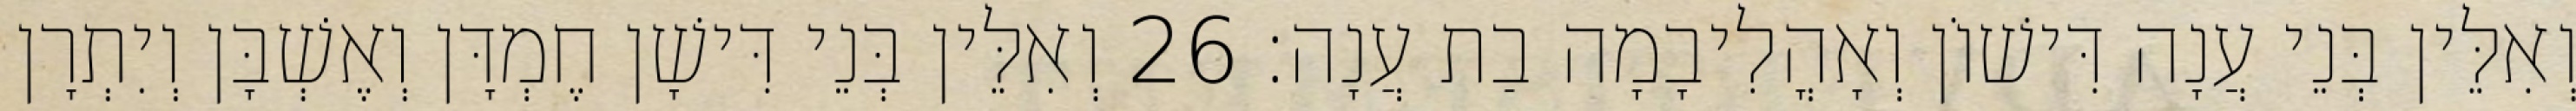
וְאִלֵּין בְּנֵי עֲנָה דִּישׁוֹן וְאָהֳלִיבָמָה בַת עֲנָה׃ 26 וְאִלֵּין בְּנֵי דִּישָׁן חֶמְדָּן וְאֶשְׁבָּן וְיִתְרָן